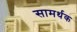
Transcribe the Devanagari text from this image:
सामर्थक